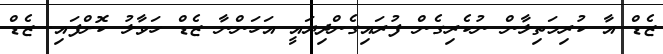
ޒެޑް އާ ކުރިމަތިލާން ނުކެރިގެން ފުރައިގެންދިޔައީ އަހަންނާ ޒެޑް ހަވާލު ކޮށްފައި. ޒެޑް